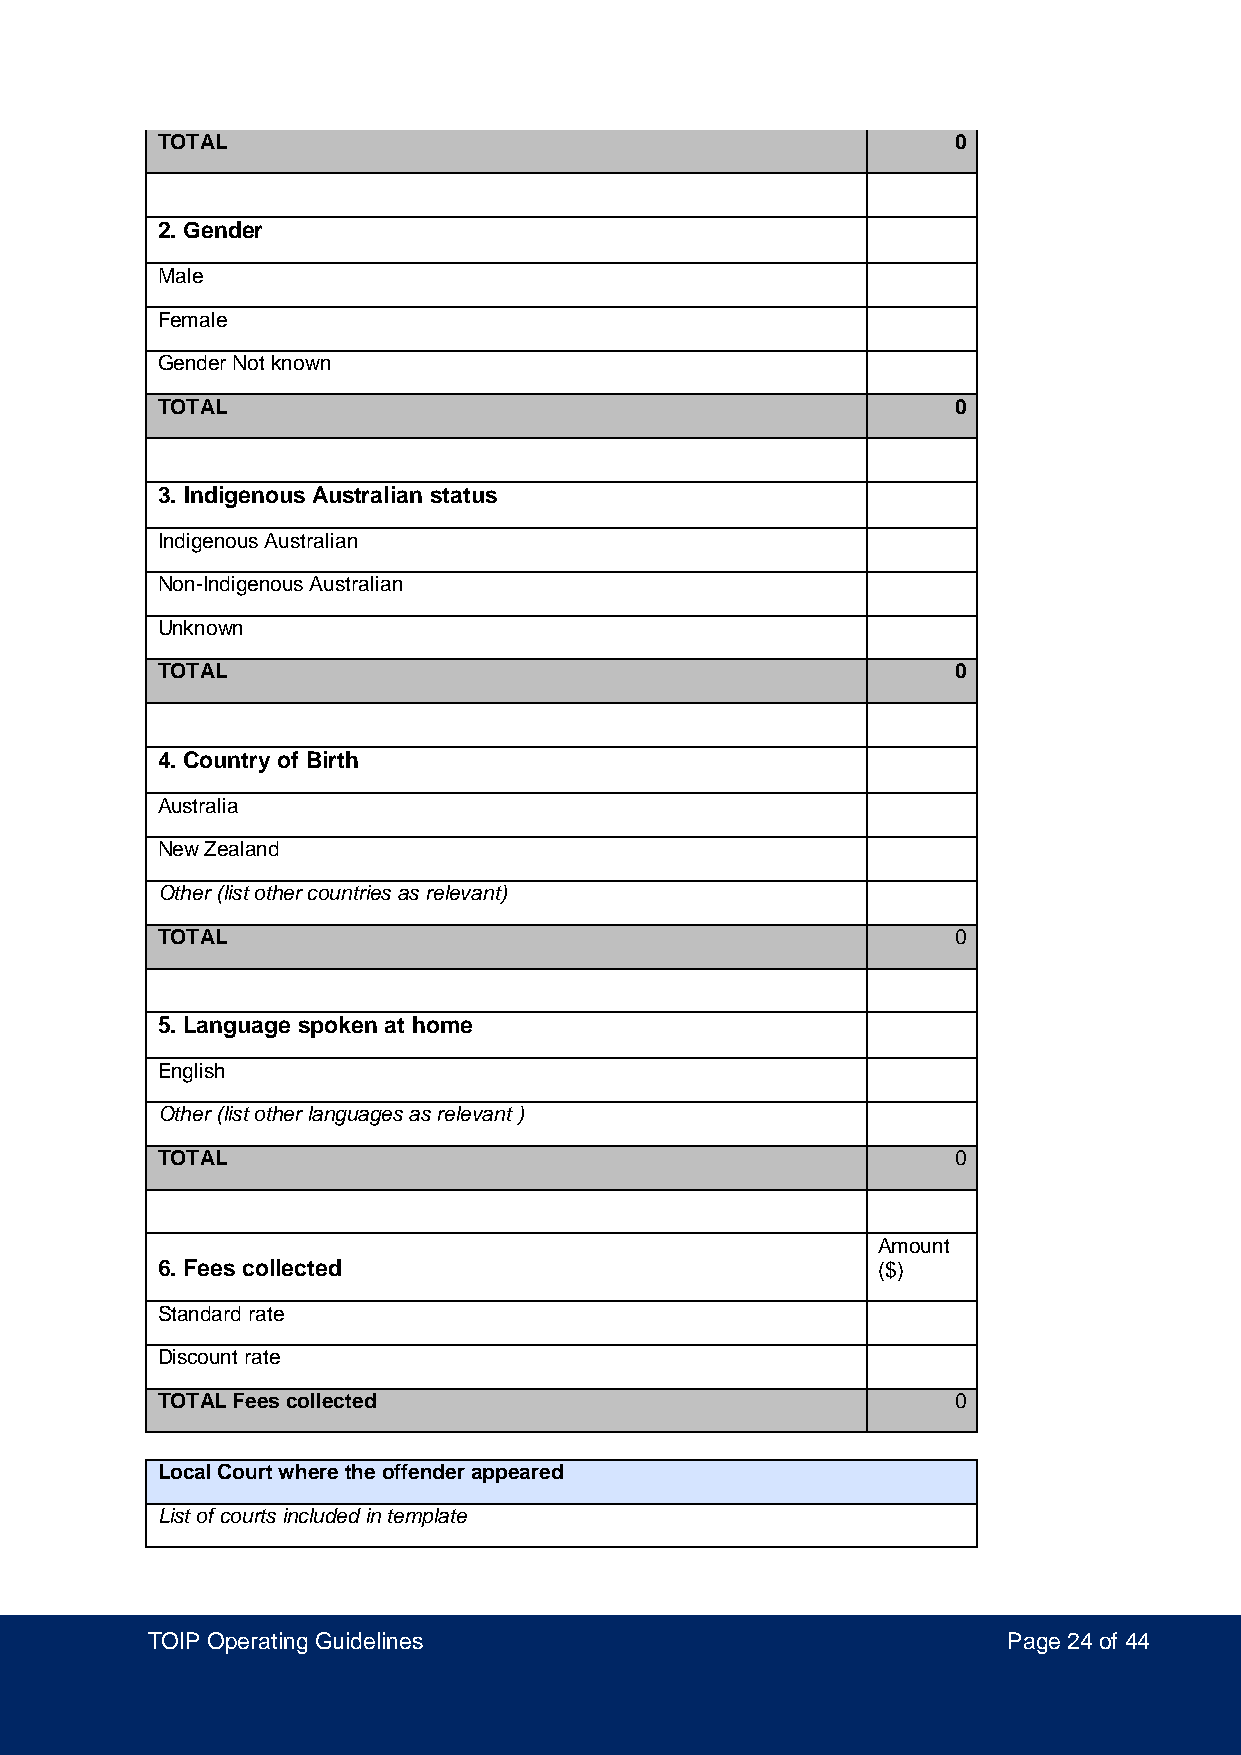
TOTAL                                                0
 2. Gender
 Male
 Female
 Gender Not known
 TOTAL                                                0
 3. Indigenous Australian status
 Indigenous Australian
 Non-Indigenous Australian
 Unknown
 TOTAL                                                0
 4. Country of Birth
 Australia
 New Zealand
 Other (list other countries as relevant)
 TOTAL                                                0
 5. Language spoken at home
 English
 Other (list other languages as relevant )
 TOTAL                                                0
 Amount
 6. Fees collected                               ($)
 Standard rate
 Discount rate
 TOTAL Fees collected                                 0
 Local Court where the offender appeared
 List of courts included in template
 TOIP Operating Guidelines                                Page 24 of 44